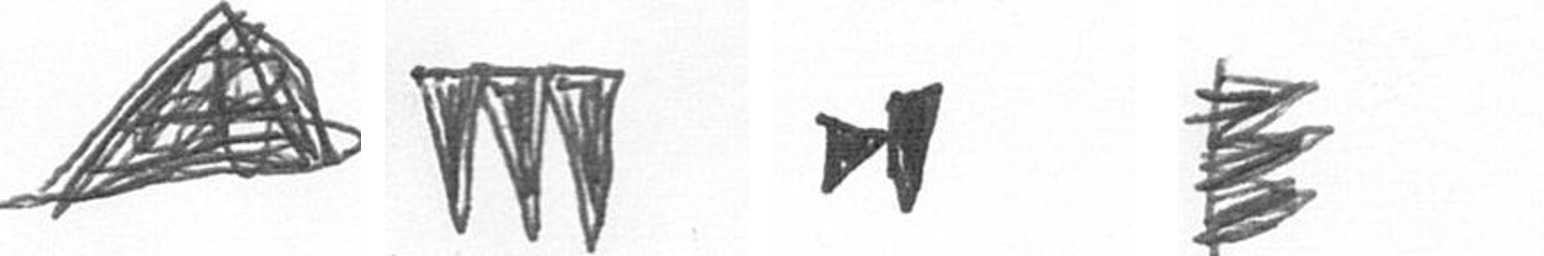
O L M H